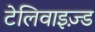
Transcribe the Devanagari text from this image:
टेलिवाइज़्ड